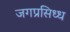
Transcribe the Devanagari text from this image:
जगप्रसिध्ध